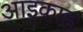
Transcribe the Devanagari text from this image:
आइकाह्न